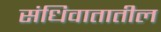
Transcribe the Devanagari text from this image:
संधिवातातील